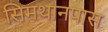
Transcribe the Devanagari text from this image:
सिमथानपास